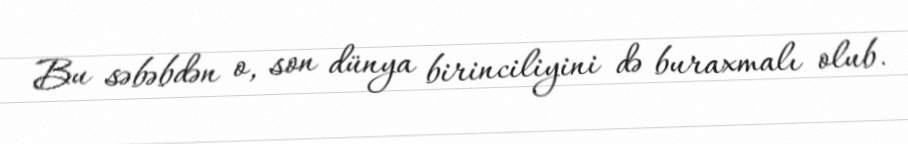
Bu səbəbdən o, son dünya birinciliyini də buraxmalı olub.